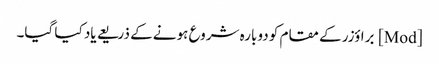
[Mod] براؤزر کے مقام کو دوبارہ شروع ہونے کے ذریعے یاد کیا گیا۔